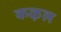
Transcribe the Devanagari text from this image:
कऴल